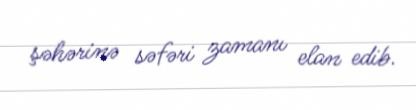
şəhərinə səfəri zamanı elan edib.